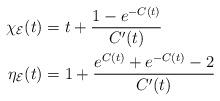
LaTeX: \begin{align*}\chi_{\mathcal{E}}(t)&=t+\frac{1-e^{-C(t)}}{C'(t)}\\\eta_{\mathcal{E}}(t)&=1+\frac{e^{C(t)}+e^{-C(t)}-2}{C'(t)}\end{align*}